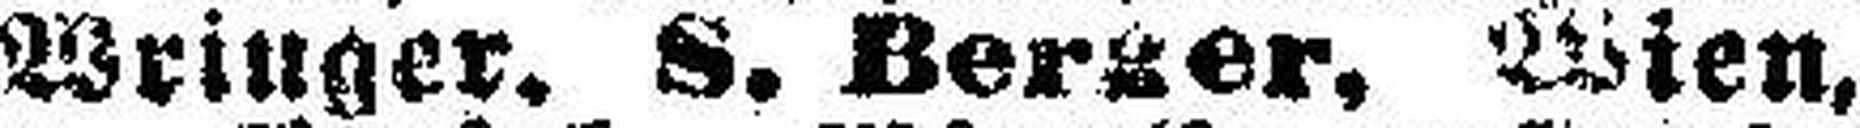
Wringer. S. Berzer, Wien,